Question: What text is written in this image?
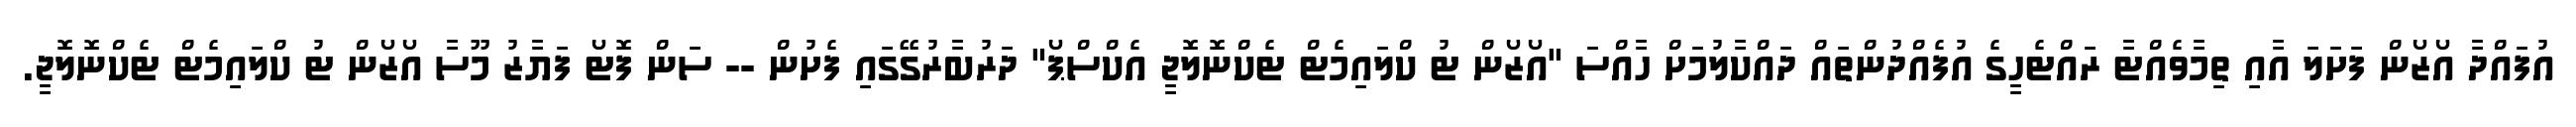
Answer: އުފައްދާ އޯޒޯން ފަށަލަ އާއި ތިމާވެއްޓާ ރައްޓެހީގެ އުފެއްދުންތައް ދައްކާލުމަށް ހާއްސަ "އޯޒޯން ޓު ކްލައިމެޓް ޓެކްނޮލޮޖީ އެކްސްޕޯ" ދަރުބާރުގޭގައި ފެށުން -- ސަން ފޮޓޯ ފަޔާޒު މޫސާ އޯޒޯން ޓު ކްލައިމެޓް ޓެކްނޮލޮޖީ.